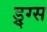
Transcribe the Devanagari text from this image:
ड्र्ग्स